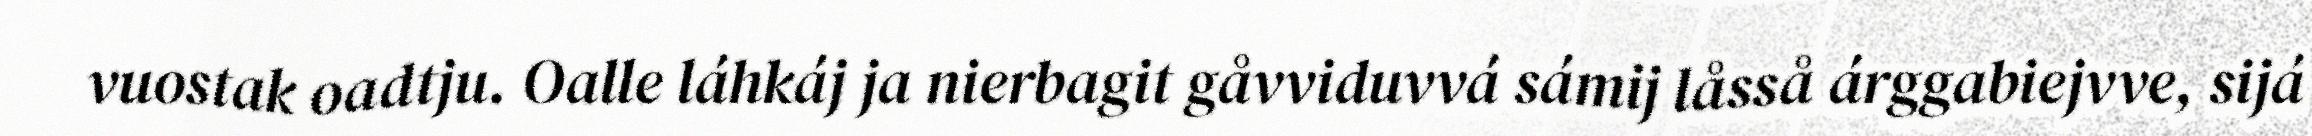
vuostak oadtju. Oalle láhkáj ja nierbagit gåvviduvvá sámij låsså árggabiejvve, sijá